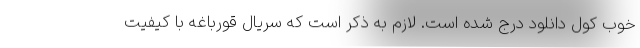
خوب کول دانلود درج شده است. لازم به ذکر است که سریال قورباغه با کیفیت